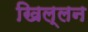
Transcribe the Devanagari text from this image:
खिल्लन